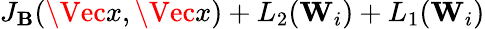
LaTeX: J_{\mathbf{B}}(\Vec{x},\Vec{x})+L_{2}(\mathbf{{W}}_{i})+L_{1}(\mathbf{{W}}_{i})